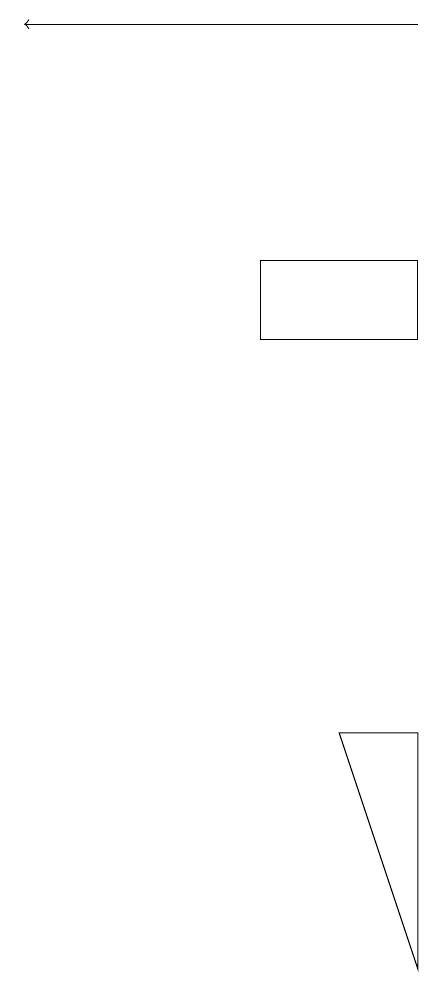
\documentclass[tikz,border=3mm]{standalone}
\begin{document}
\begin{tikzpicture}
\draw (5,5) -- (5,8) -- (4,8) -- cycle;
\draw (3,14) rectangle (5,13);
\draw[->] (5,17) -- (0,17);
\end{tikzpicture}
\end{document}